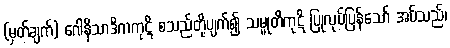
(မှတ်ချက်) ဂေါနိသာဒိကကုဋိ စသည်တို့ပျက်၍ သမ္မုတိကုဋိ ပြုလုပ်ပြန်သော် အပ်သည်၊